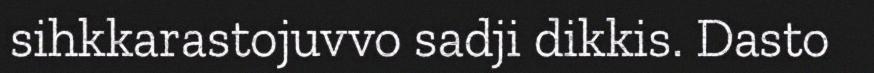
sihkkarastojuvvo sadji dikkis. Dasto